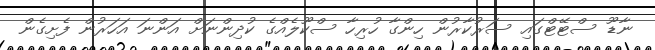
ނާޑޫ ސްޓޭޓްގައި ސަރުކާރުން ހިންގާ ހުރިހާ ސްކޫލެއްގެ ކުދިންނަށް އަންނަ އަހަރުން ފެށިގެން